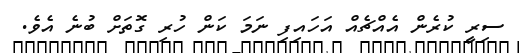
ސިރީ ކުރެން އެއްޗެއް އަހައިފި ނަމަ ކަން ހުރި ގޮތަށް ބުނެ އެވެ.